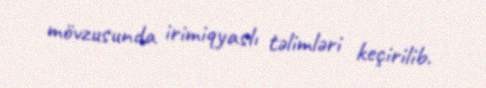
mövzusunda irimiqyaslı təlimləri keçirilib.